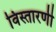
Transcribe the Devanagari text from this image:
विस्तारणी